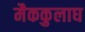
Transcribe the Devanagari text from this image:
मैककुलाघ